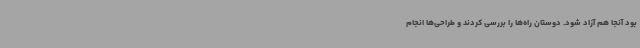
بود آنجا هم آزاد شود. دوستان راه‌ها را بررسی کردند و طراحی‌ها انجام